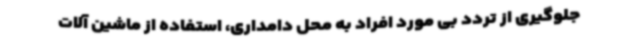
جلوگیری از تردد بی مورد افراد به محل دامداری، استفاده از ماشین آلات